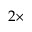
2 \times